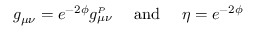
g _ { \mu \nu } = e ^ { - 2 \phi } g _ { \mu \nu } ^ { _ P } \ \ \ \ \mathrm { a n d } \ \ \ \ \eta = e ^ { - 2 \phi }